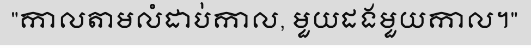
"កាលតាមលំដាប់កាល, មួយដងមួយកាល។"